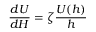
\ { \frac { d U } { d H } } = \zeta { \frac { U ( h ) } { h } }